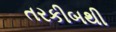
તરકીબથી